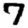
Digit: 7